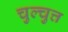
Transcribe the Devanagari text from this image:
चुल्चुत्त